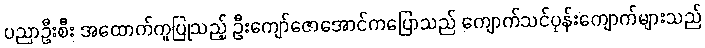
ပညာဦးစီး အထောက်ကူပြုသည့် ဦးကျော်ဇောအောင်ကပြောသည် ကျောက်သင်ပုန်းကျောက်များသည်